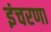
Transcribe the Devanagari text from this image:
इंचरणा